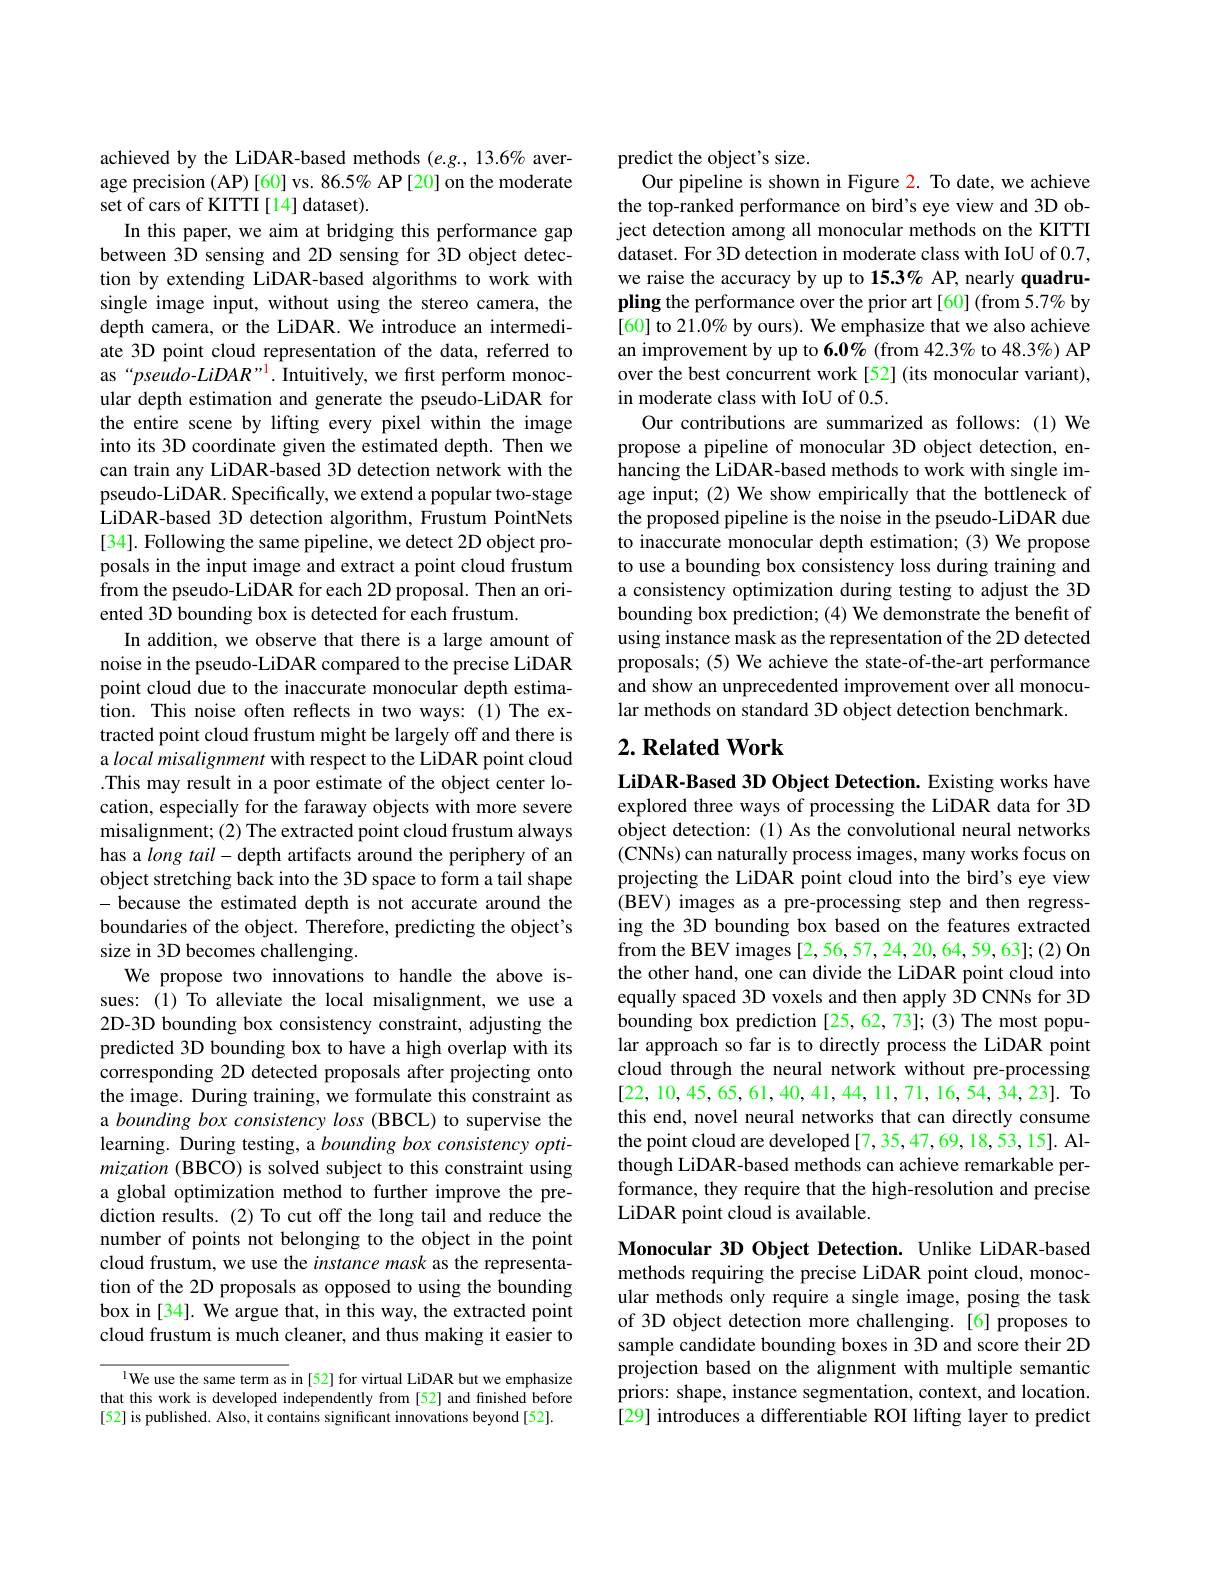
achieved by the LiDAR-based methods $(e.g.,13.6\%$ average precision (AP) [60] vs. 86.5% AP [20] on the moderate set of cars of KITTI[14] dataset).
In this paper, we aim at bridging this performance gap between 3D sensing and 2D sensing for 3D object detection by extending LiDAR-based algorithms to work with single image input, without using the stereo camera, the depth camera, or the LiDAR. We introduce an intermediate 3D point cloud representation of the data, referred to as“pseudo-LiDAR”1. Intuitively, we first perform monocular depth estimation and generate the pseudo-LiDAR for the entire scene by lifting every pixel within the image into its 3D coordinate given the estimated depth. Then we can train any LiDAR-based 3D detection network with the pseudo-LiDAR. Specifically, we extend a popular two-stage LiDAR-based 3D detection algorithm, Frustum PointNets [34]. Following the same pipeline, we detect 2D object proposals in the input image and extract a point cloud frustum from the pseudo-LiDAR for each 2D proposal. Then an oriented 3D bounding box is detected for each frustum.
In addition, we observe that there is a large amount of noise in the pseudo-LiDAR compared to the precise LiDAR point cloud due to the inaccurate monocular depth estimation. This noise often reflects in two ways:(1) The extracted point cloud frustum might be largely off and there is a local misalignment with respect to the LiDAR point cloud .This may result in a poor estimate of the object center location, especially for the faraway objects with more severe misalignment; (2) The extracted point cloud frustum always has a long tail- depth artifacts around the periphery of an object stretching back into the 3D space to form a tail shape - because the estimated depth is not accurate around the boundaries of the object. Therefore, predicting the object's size in 3D becomes challenging.
We propose two innovations to handle the above issues: (1) To alleviate the local misalignment, we use a 2D-3D bounding box consistency constraint, adjusting the predicted 3D bounding box to have a high overlap with its corresponding 2D detected proposals after projecting onto the image. During training, we formulate this constraint as a bounding box consistency loss (BBCL) to supervise the learning. During testing, a bounding box consistency optimization (BBCO) is solved subject to this constraint using a global optimization method to further improve the prediction results. (2) To cut off the long tail and reduce the number of points not belonging to the object in the point cloud frustum, we use the instance mask as the representation of the 2D proposals as opposed to using the bounding box in [34]. We argue that, in this way, the extracted point cloud frustum is much cleaner, and thus making it easier to lWe use the same term as in [52] for virtual LiDAR but we emphasize

that this work is developed independently from [52] and finished before
[52] is published. Also, it contains significant innovations beyond[52].

predict the object's size.
Our pipeline is shown in Figure 2. To date, we achieve the top-ranked performance on bird's eye view and 3D object detection among all monocular methods on the KITTI dataset. For 3D detection in moderate class with IoU of 0.7, we raise the accuracy by up to 15.3% AP, nearly quadrupling the performance over the prior art [60] (from 5.7% by [60] to 21.0% by ours). We emphasize that we also achieve an improvement by up to 6.0% (from 42.3% to 48.3%) AP over the best concurrent work[52] (its monocular variant), in moderate class with IoU of 0.5.
Our contributions are summarized as follows: (1)We propose a pipeline of monocular 3D object detection, enhancing the LiDAR-based methods to work with single image input; (2) We show empirically that the bottleneck of the proposed pipeline is the noise in the pseudo-LiDAR due to inaccurate monocular depth estimation; (3) We propose to use a bounding box consistency loss during training and a consistency optimization during testing to adjust the 3D bounding box prediction; (4) We demonstrate the benefit of using instance mask as the representation of the 2D detected proposals; (5) We achieve the state-of-the-art performance and show an unprecedented improvement over all monocular methods on standard 3D object detection benchmark

## $2. \textbf{Related Work}$

LiDAR-Based 3D Object Detection. Existing works have explored three ways of processing the LiDAR data for 3D object detection: (1) As the convolutional neural networks (CNNs) can naturally process images, many works focus on projecting the LiDAR point cloud into the bird's eye view (BEV) images as a pre-processing step and then regressing the 3D bounding box based on the features extracted from the BEV images [2,56,57,24,20,64,59,63];(2) On the other hand, one can divide the LiDAR point cloud into equally spaced 3D voxels and then apply 3D CNNs for 3D bounding box prediction [25,62,73]; (3) The most popular approach so far is to directly process the LiDAR point cloud through the neural network without pre-processing [22,10,45,65,61,40,41,44,11,71,16,54,34,23]. To this end, novel neural networks that can directly consume the point cloud are developed [7,35,47,69,18,53,15]. Although LiDAR-based methods can achieve remarkable performance, they require that the high-resolution and precise LiDAR point cloud is available.

Monocular 3D Object Detection. Unlike LiDAR-based methods requiring the precise LiDAR point cloud, monocular methods only require a single image, posing the task of 3D object detection more challenging.[6]proposes to sample candidate bounding boxes in 3D and score their 2D projection based on the alignment with multiple semantic priors: shape, instance segmentation, context, and location. [29] introduces a differentiable ROI lifting layer to predict